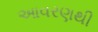
આવરણથી